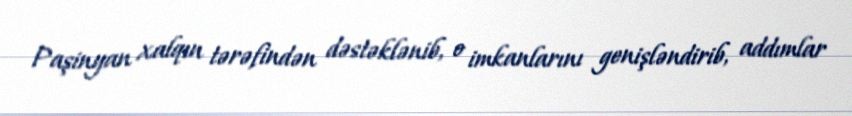
Paşinyan xalqın tərəfindən dəstəklənib, o imkanlarını genişləndirib, addımlar